Civil Veterinary Dept. Bombay admin report 1923-31 - 1923-1931
Year: 1923
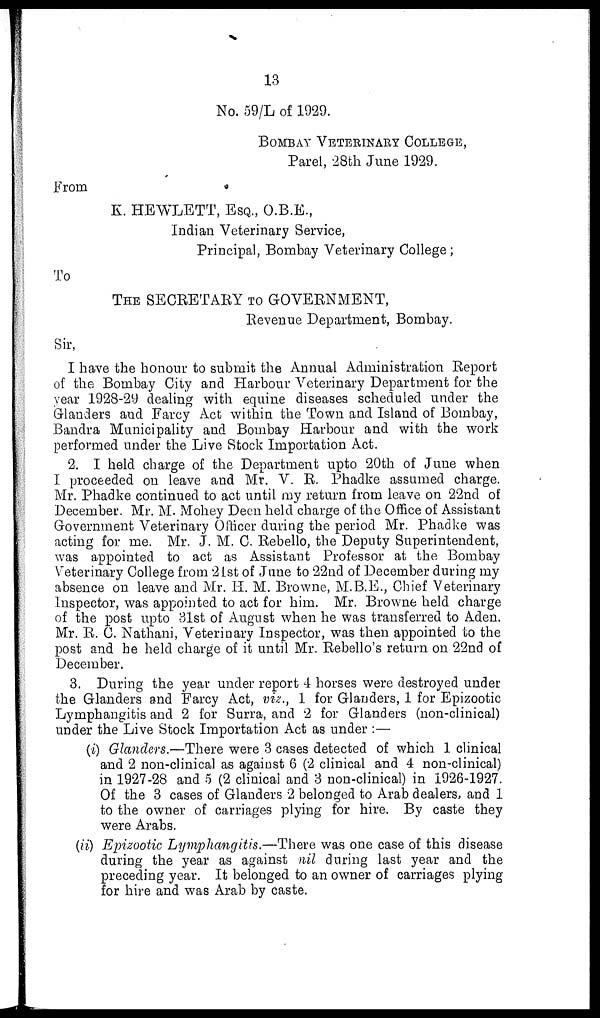
13
No. 59/L of 1929.
BOMBAY VETERINARY COLLEGE,
Parel, 28th June 1929.
From
K. HEWLETT, ESQ., O.B.E.,
Indian Veterinary Service,
Principal, Bombay Veterinary College;
To
THE SECRETARY TO GOVERNMENT,
Revenue Department, Bombay.
Sir,
I have the honour to submit the Annual Administration Report
of the Bombay City and Harbour Veterinary Department for the
year 1928-29 dealing with equine diseases scheduled under the
Glanders and Farcy Act within the Town and Island of Bombay,
Bandra Municipality and Bombay Harbour and with the work
performed under the Live Stock Importation Act.
2. I held charge of the Department upto 20th of June when
I proceeded on leave and Mr. V. R. Phadke assumed charge.
Mr. Phadke continued to act until my return from leave on 22nd of
December. Mr. M. Mohey Deen held charge of the Office of Assistant
Government Veterinary Officer during the period Mr. Phadke was
acting for me. Mr. J. M. C. Rebello, the Deputy Superintendent,
was appointed to act as Assistant Professor at the Bombay
Veterinary College from 21st of June to 22nd of December during my
absence on leave and Mr. H. M. Browne, M.B.E., Chief Veterinary
Inspector, was appointed to act for him. Mr. Browne held charge
of the post upto 31st of August when he was transferred to Aden.
Mr. R. C. Nathani, Veterinary Inspector, was then appointed to the
post and he held charge of it until Mr. Rebello's return on 22nd of
December.
3. During the year under report 4 horses were destroyed under
the Glanders and Farcy Act, viz., 1 for Glanders, 1 for Epizootic
Lymphangitis and 2 for Surra, and 2 for Glanders (non-clinical)
under the Live Stock Importation Act as under :—
(i) Glanders.—There were 3 cases detected of which 1 clinical
and 2 non-clinical as against 6 (2 clinical and 4 non-clinical)
in 1927-28 and 5 (2 clinical and 3 non-clinical) in 1926-1927.
Of the 3 cases of Glanders 2 belonged to Arab dealers, and 1
to the owner of carriages plying for hire. By caste they
were Arabs.
(ii) Epizootic Lymphangitis.—There was one case of this disease
during the year as against nil during last year and the
preceding year. It belonged to an owner of carriages plying
for hire and was Arab by caste.